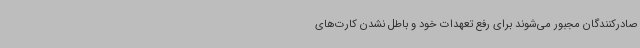
صادرکنندگان مجبور می‌شوند برای رفع تعهدات خود و باطل نشدن کارت‌های